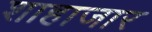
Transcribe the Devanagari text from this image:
शाहाजार